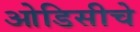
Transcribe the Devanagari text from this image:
ओडिसीचे